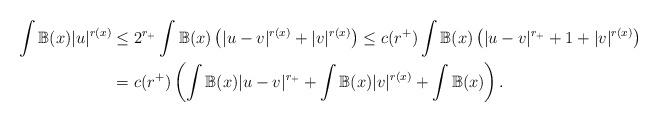
LaTeX: \begin{align*}\int \mathbb{B}(x) |u|^{r(x)} &\leq 2^{r_+}\int \mathbb{B}(x) \left( |u-v|^{r(x)} + |v|^{r(x)} \right)\leq c(r^+)\int \mathbb{B}(x) \left( |u-v|^{r_+} + 1 + |v|^{r(x)} \right) \\ &= c(r^+)\left(\int \mathbb{B}(x) |u-v|^{r_+} + \int \mathbb{B}(x) |v|^{r(x)} + \int \mathbb{B}(x) \right). \end{align*}